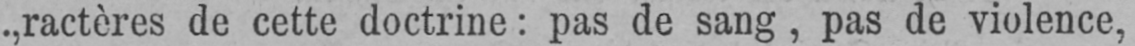
„ractères de cette doctrine: pas de sang, pas de violence,